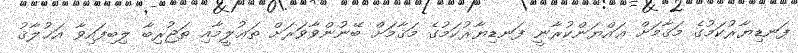
ފަނޑިޔާރުކަމުގެ މަޤާމަށް ޢައްޔަންކުރާނީ ފަނޑިޔާރުކަމުގެ މަޤާމަށް ބޭނުންވާވަރަށް ތަޢުލީމާއި ތަޖުރިބާ ލިބިފައިވާ އަޚުލާޤު